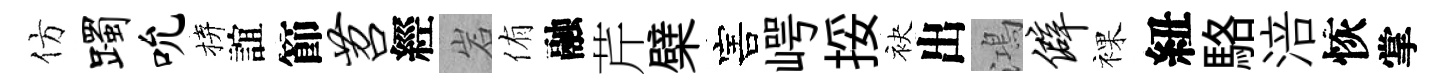
仿躅吮拚誼節苕經岩侑融芹檗害崿挼袂出鴻僻裸紐駱涪恢掌